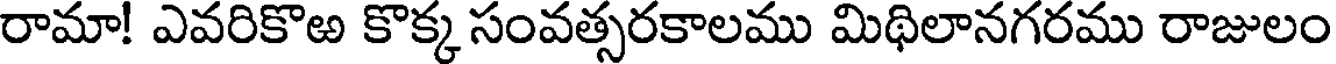
రామా! ఎవరికొఱ కొక్క సంవత్సరకాలము మిథిలానగరము రాజులం